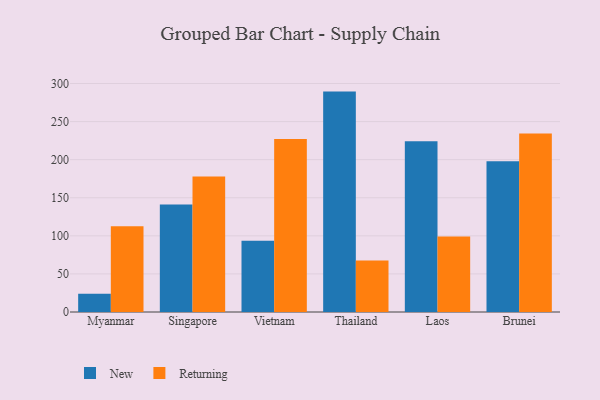
{"axis": {"x": "Country", "y": "Market Share (%)"}, "legend": ["New", "Returning"], "data": [{"x": "Myanmar", "y": 23.8, "type": "New"}, {"x": "Myanmar", "y": 112.5, "type": "Returning"}, {"x": "Singapore", "y": 141.1, "type": "New"}, {"x": "Singapore", "y": 177.9, "type": "Returning"}, {"x": "Vietnam", "y": 93.6, "type": "New"}, {"x": "Vietnam", "y": 227.1, "type": "Returning"}, {"x": "Thailand", "y": 289.4, "type": "New"}, {"x": "Thailand", "y": 67.7, "type": "Returning"}, {"x": "Laos", "y": 224.1, "type": "New"}, {"x": "Laos", "y": 99.0, "type": "Returning"}, {"x": "Brunei", "y": 197.8, "type": "New"}, {"x": "Brunei", "y": 234.5, "type": "Returning"}]}